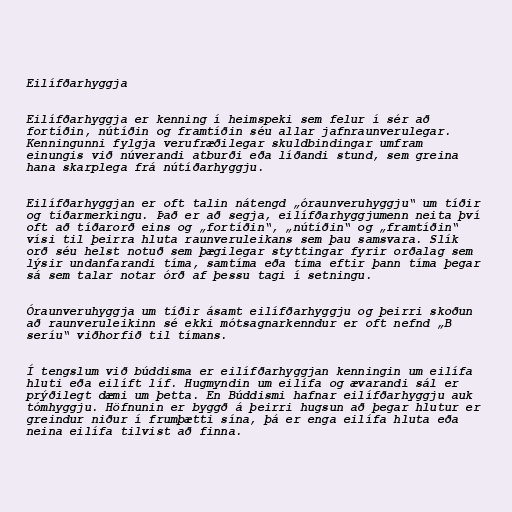
Eilífðarhyggja

Eilífðarhyggja er kenning í heimspeki sem felur í sér að
fortíðin, nútíðin og framtíðin séu allar jafnraunverulegar.
Kenningunni fylgja verufræðilegar skuldbindingar umfram
einungis við núverandi atburði eða líðandi stund, sem greina
hana skarplega frá nútíðarhyggju.

Eilífðarhyggjan er oft talin nátengd „óraunveruhyggju“ um tíðir
og tíðarmerkingu. Það er að segja, eilífðarhyggjumenn neita því
oft að tíðarorð eins og „fortíðin“, „nútíðin“ og „framtíðin“
vísi til þeirra hluta raunveruleikans sem þau samsvara. Slík
orð séu helst notuð sem þægilegar styttingar fyrir orðalag sem
lýsir undanfarandi tíma, samtíma eða tíma eftir þann tíma þegar
sá sem talar notar órð af þessu tagi í setningu.

Óraunveruhyggja um tíðir ásamt eilífðarhyggju og þeirri skoðun
að raunveruleikinn sé ekki mótsagnarkenndur er oft nefnd „B
seríu“ viðhorfið til tímans.

Í tengslum við búddisma er eilífðarhyggjan kenningin um eilífa
hluti eða eilíft líf. Hugmyndin um eilífa og ævarandi sál er
prýðilegt dæmi um þetta. En Búddismi hafnar eilífðarhyggju auk
tómhyggju. Höfnunin er byggð á þeirri hugsun að þegar hlutur er
greindur niður í frumþætti sína, þá er enga eilífa hluta eða
neina eilífa tilvist að finna.